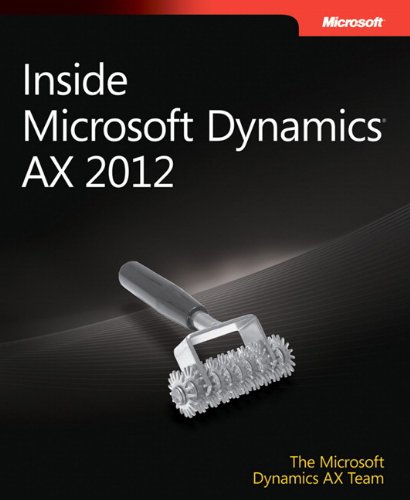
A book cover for Inside Microsoft Dynamics AX 2012 (Developer Reference); The Microsoft Dynamics AX Team; Computers & Technology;